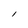
Character: l